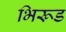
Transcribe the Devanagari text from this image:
भिरूड